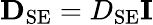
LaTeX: {\mathbf D}_{\mathrm{SE}}=D_{\mathrm{SE}}{\mathbf I}